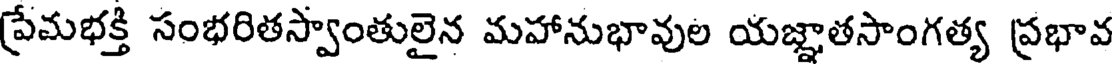
ప్రేమభక్తి సంభరితస్వాంతులైన మహానుభావుల యజ్ఞాతసాంగత్య ప్రభావ